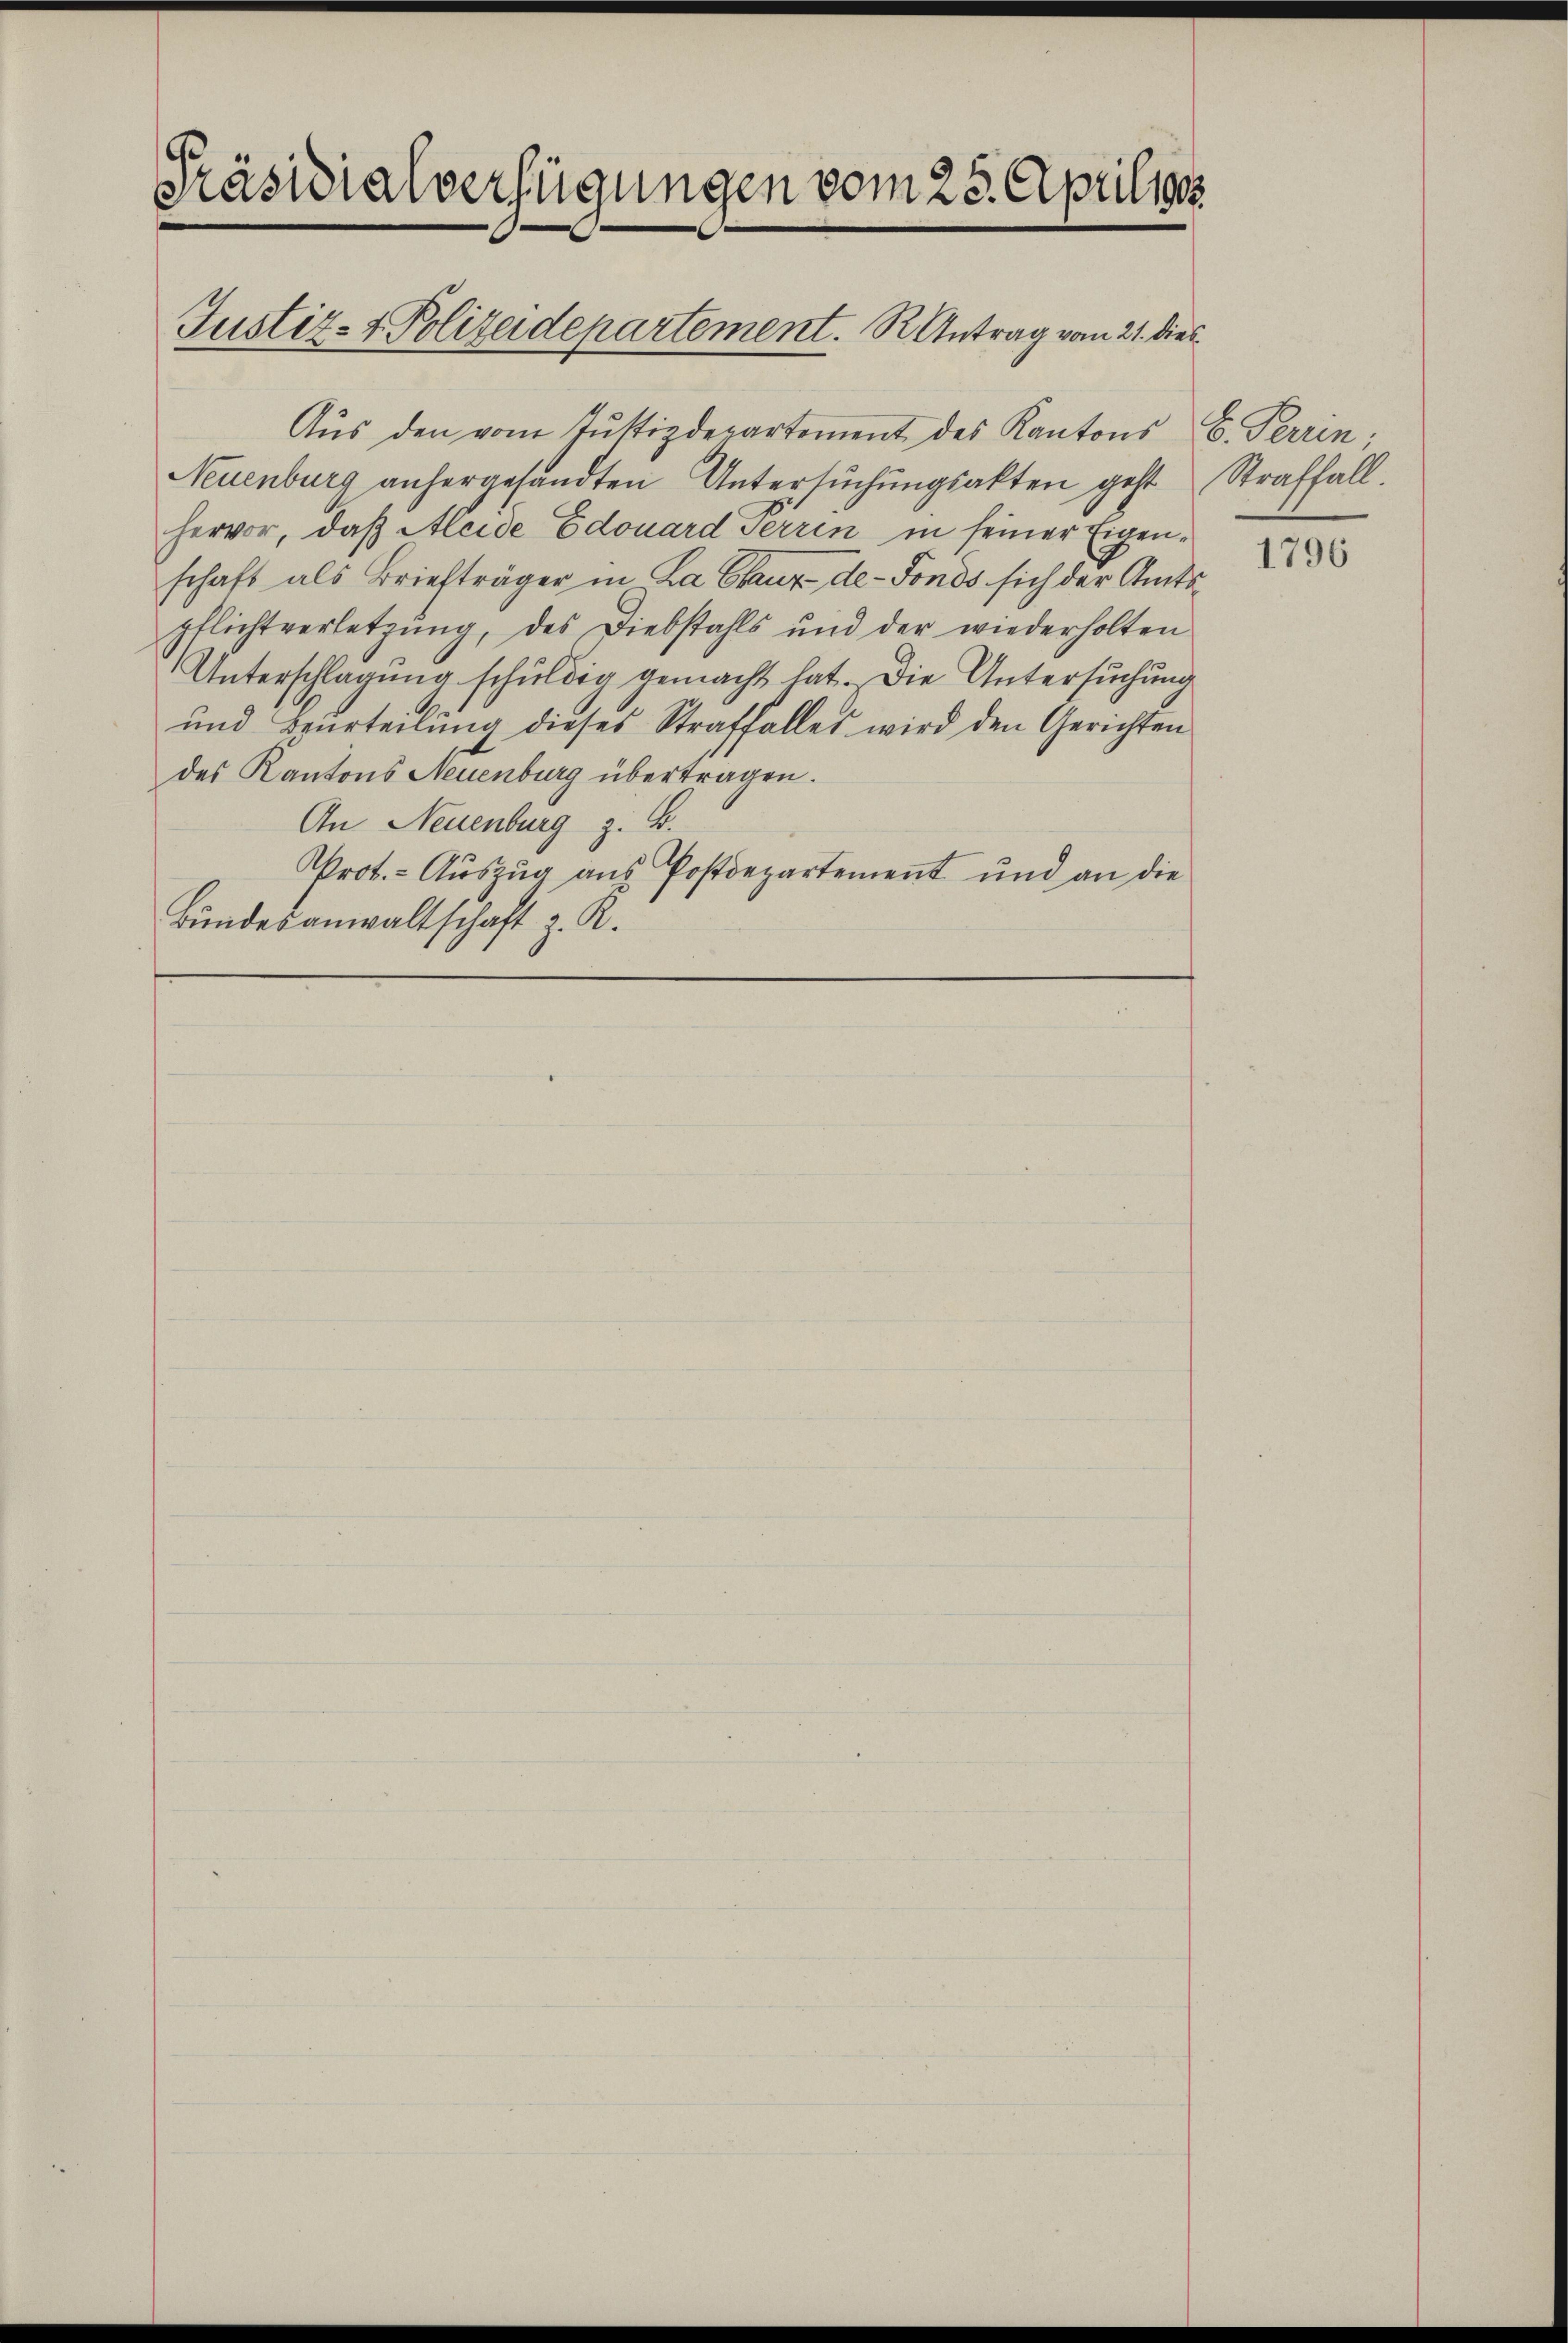
Präsidialverfügungen vom 25. Aprilis

Aŭs den vom Tŭstizdepartement des Kantons S. Perrin;
Neuenburg anhergesandten Untersuchungsakten geht Straffall.
hervor, daß Aleide Edouard Perren in seiner Eigenschaft als Briefträger in La Chaux-de-Fonds sich der Amtspflichtverletzung, des Diebstahls und der wiederholten
Unterschlagung schuldig gemacht hat. Die Untersuchung
und Beurteilung dieses Straffalles wird den Gerichten
des Kantons Neuenburg übertragen.
An Neuenburg z. B.
Prot. - Aŭszŭg aŭs Postdepartement und an die
Bundesanwaltschaft z. R.

Justiz- & Polizeidepartement.  Antrag vom 21. dies

1796